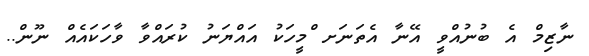
ނާޒިމް އެ ބުނުއްވީ އޭނާ އެތަނަށ ްމީހަކު އައްޔަނު ކުރައްވާ ވާހަކައެއް ނޫން..